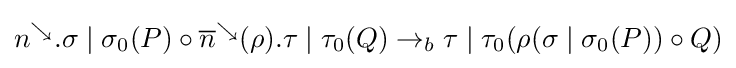
n^{\searrow }.\sigma \mid \sigma _{0}(P)\circ {\overline {n}}^{\searrow }(\rho ).\tau \mid \tau _{0}(Q)\rightarrow _{b}\tau \mid \tau _{0}(\rho (\sigma \mid \sigma _{0}(P))\circ Q)